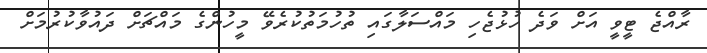
ރާއްޖެ ޓީވީ އަށް ވަދެ ހުޅުޖެހި މައްސަލާގައި ތުހުމަތުކުރެވޭ މީހުންގެ މައްޗަށް ދައުވާކުރުމަށް